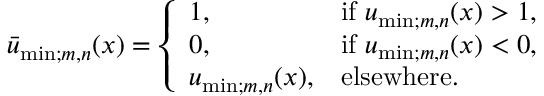
\begin{array} { r } { \bar { u } _ { \mathrm { m i n } ; m , n } ( x ) = \left\{ \begin{array} { l l } { 1 , \quad } & { \mathrm { i f ~ } u _ { \mathrm { m i n } ; m , n } ( x ) > 1 , } \\ { 0 , } & { \mathrm { i f ~ } u _ { \mathrm { m i n } ; m , n } ( x ) < 0 , } \\ { u _ { \mathrm { m i n } ; m , n } ( x ) , } & { \mathrm { e l s e w h e r e . } } \end{array} \right. } \end{array}